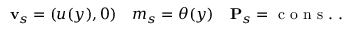
\begin{array} { r } { { \bf v } _ { s } = ( u ( y ) , 0 ) \quad m _ { s } = \theta ( y ) \quad { \bf P } _ { s } = \mathrm { ~ c ~ o ~ n ~ s ~ . ~ } . } \end{array}